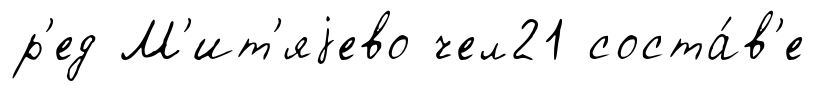
р'ед М'ит'яjево чел21 соста́в'е